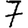
Digit: 7